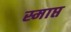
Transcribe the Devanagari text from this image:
स्माप्त